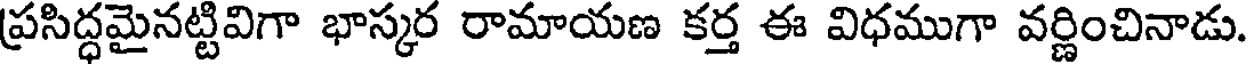
ప్రసిద్ధమైనట్టివిగా భాస్కర రామాయణ కర్త ఈ విధముగా వర్ణించినాడు.